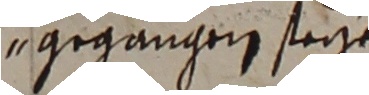
gegangen seye.